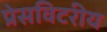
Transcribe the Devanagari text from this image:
प्रेसविटरीय